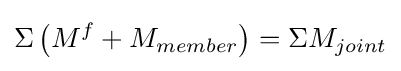
\Sigma \left(M^{f}+M_{member}\right)=\Sigma M_{joint}